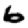
Digit: 6